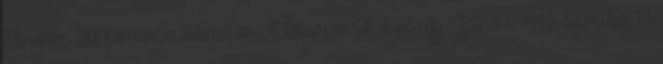
Elnöke: Mórocz Sándor, titkára: Kőváry János. 1945. április 13.